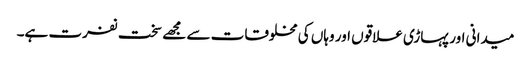
میدانی اور پہاڑی علاقوں اور وہاں کی مخلوقات سے مجھے سخت نفرت ہے۔